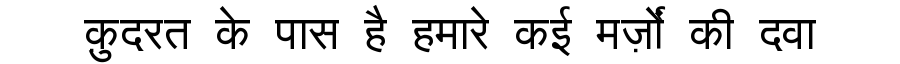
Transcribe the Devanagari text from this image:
क़ुदरत के पास है हमारे कई मर्ज़ों की दवा